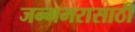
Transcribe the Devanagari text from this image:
जन्मभरासाठी